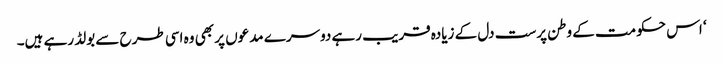
‘ اس حکومت کے وطن پرست دل کے زیادہ قریب رہے دوسرے مدعوں پر بھی وہ اسی طرح سے بولڈ رہے ہیں۔